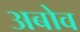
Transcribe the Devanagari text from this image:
अबोव